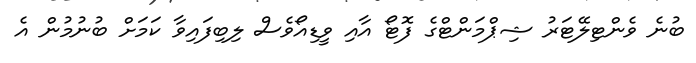
ބުނެ ވެންޓިލޭޓަރު ޝިޕްމަންޓްގެ ފޮޓޯ އާއި ވީޑިއޯވެސް ލިބިފައިވާ ކަމަށް ބުނުމުން އެ